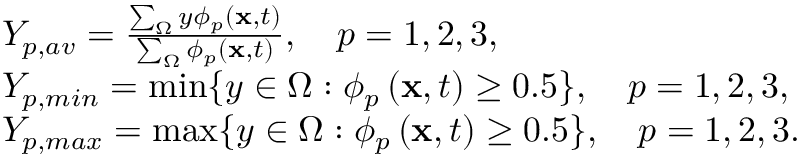
\begin{array} { r l } & { Y _ { p , a v } = \frac { \sum _ { \Omega } y \phi _ { p } \left( \mathbf { x } , t \right) } { \sum _ { \Omega } \phi _ { p } \left( \mathbf { x } , t \right) } , \quad p = 1 , 2 , 3 , } \\ & { Y _ { p , m i n } = \operatorname* { m i n } \{ y \in \Omega : \phi _ { p } \left( \mathbf { x } , t \right) \geq 0 . 5 \} , \quad p = 1 , 2 , 3 , } \\ & { Y _ { p , m a x } = \operatorname* { m a x } \{ y \in \Omega : \phi _ { p } \left( \mathbf { x } , t \right) \geq 0 . 5 \} , \quad p = 1 , 2 , 3 . } \end{array}